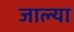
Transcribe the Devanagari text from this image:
जाल्या